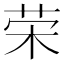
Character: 荣